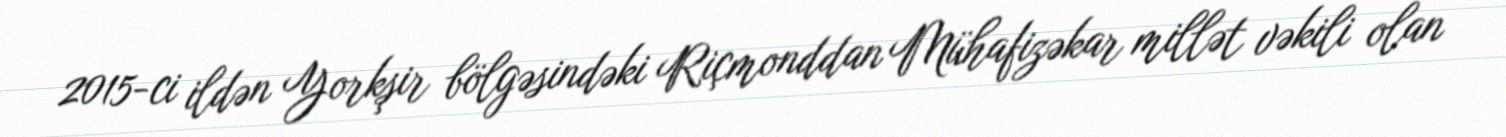
2015-ci ildən Yorkşir bölgəsindəki Riçmonddan Mühafizəkar millət vəkili olan